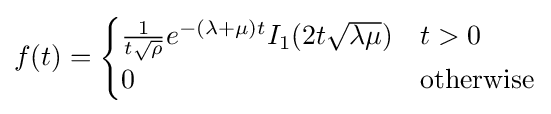
f(t)={\begin{cases}{\frac {1}{t{\sqrt {\rho }}}}e^{-(\lambda +\mu )t}I_{1}(2t{\sqrt {\lambda \mu }})&t>0\\0&{\text{otherwise}}\end{cases}}